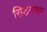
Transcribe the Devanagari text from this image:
सिडलशम